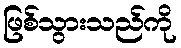
ဖြစ်သွားသည်ကို